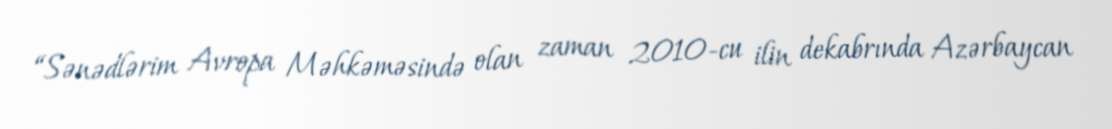
“Sənədlərim Avropa Məhkəməsində olan zaman 2010-cu ilin dekabrında Azərbaycan